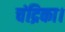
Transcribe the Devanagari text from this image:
चंद्रिका।